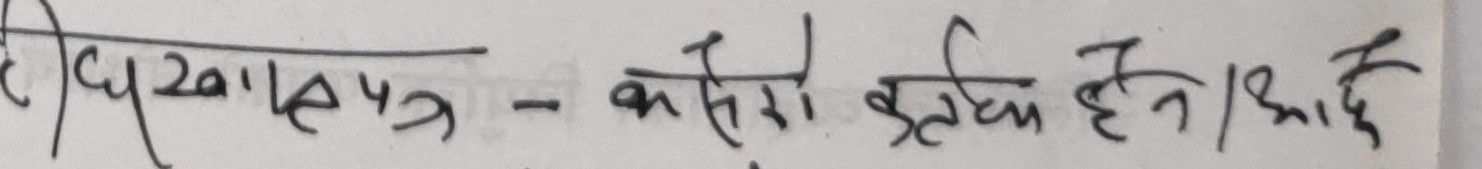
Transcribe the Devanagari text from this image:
धोखापुरु - कसैरो इच्छा हेन | सकेछ